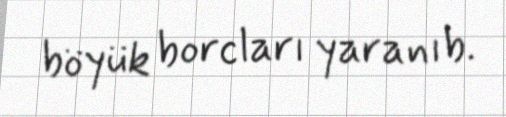
böyük borcları yaranıb.